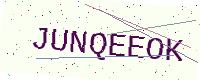
Text: JUNQEEOK